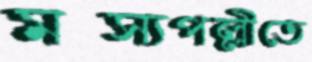
মত্স্যপল্লীতে